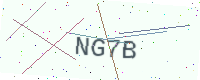
Text: NG7B